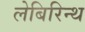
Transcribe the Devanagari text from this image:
लेबिरिन्थ